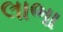
લાભા